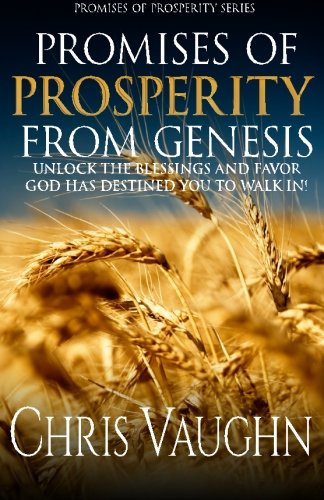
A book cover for Promises of Prosperity From Genesis (Volume 1); Chris Vaughn; Christian Books & Bibles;